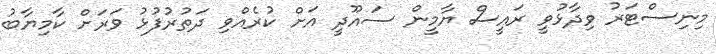
މިނިސްޓަރު ވިދާޅުވީ ރައީސް ޔާމީން ސައޫދީ އަށް ކުރެއްވި ދަތުރުފުޅު ވަރަށް ކާމިޔާބު